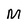
Character: m